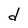
Character: d